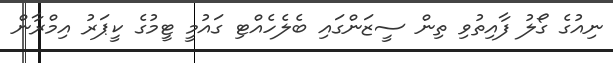
ނިއުގެ ގޯލު ފާއިތުވި ތިން ސީޒަންގައި ބެލެހެއްޓި ގައުމީ ޓީމުގެ ކީޕަރު އިމްރާން